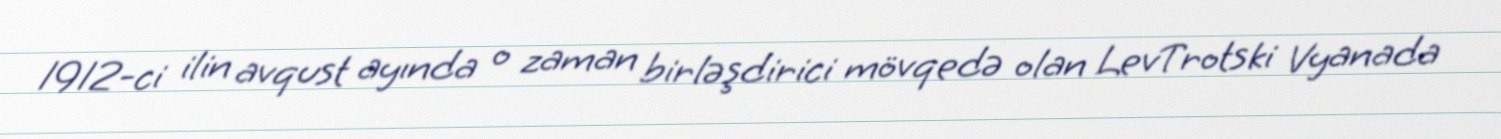
1912-ci ilin avqust ayında o zaman birləşdirici mövqedə olan LevTrotski Vyanada